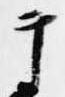
テ